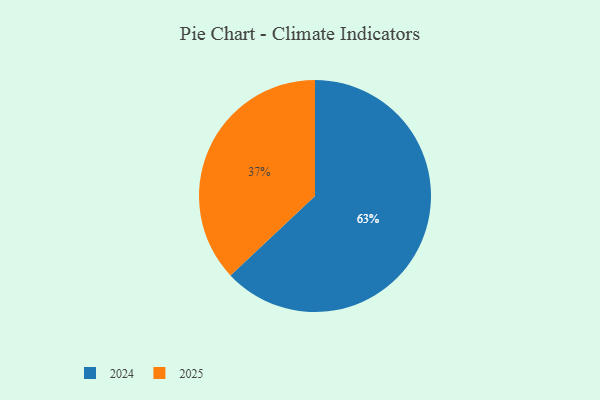
{"axis": {"x": "Category", "y": "Percentage"}, "legend": ["2024", "2025"], "data": [{"x": "2025", "y": 37, "type": "2025"}, {"x": "2024", "y": 63, "type": "2024"}]}